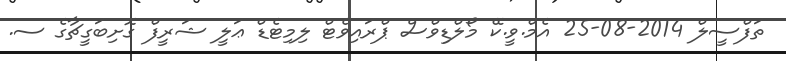
ތަފްސީލް 2014-08-25 އެމް.ވީ.ކޭ މޯލްޑިވްސް ޕްރައިވެޓް ލިމިޓެޑް ޢަލީ ޝަރީފް ގޮށިބަގީޗާގެ ސ.